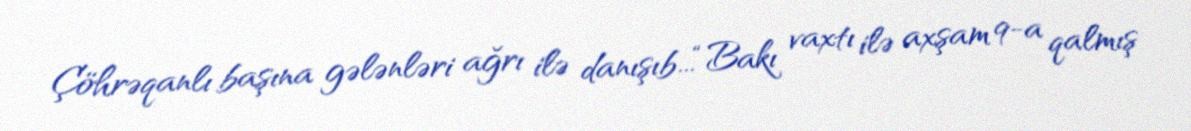
Çöhrəqanlı başına gələnləri ağrı ilə danışıb...“Bakı vaxtı ilə axşam 9-a qalmış